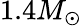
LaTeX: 1.4M_{\odot}